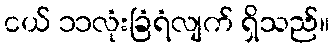
ငယ် ၁၁လုံးခြံရံလျက် ရှိသည်။